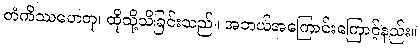
တံကိဿဟေတု၊ ထိုသို့သိခြင်းသည်။ အဘယ်အကြောင်းကြောင့်နည်း။